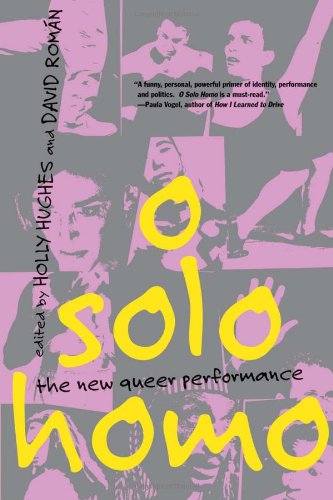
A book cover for O Solo Homo: The New Queer Performance; Literature & Fiction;